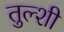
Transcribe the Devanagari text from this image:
तुल्शी